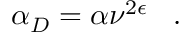
\alpha _ { D } = \alpha \nu ^ { 2 \epsilon } \; \; \; .